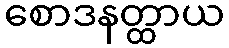
စောဒနတ္ထာယ